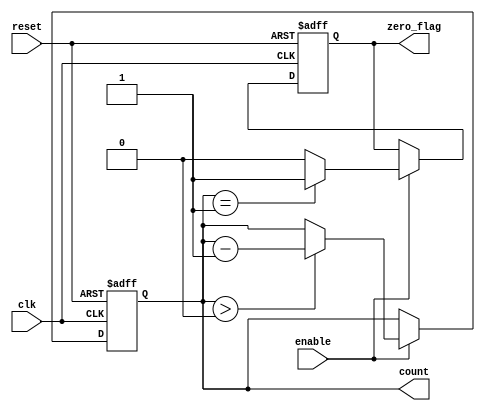
module decremental_counter #(
    parameter MAX_COUNT = 8 // Define the maximum count value (in bits)
)(
    input wire clk,          // Clock signal
    input wire reset,        // Reset signal
    input wire enable,       // Enable signal for decrementing
    output reg [MAX_COUNT-1:0] count, // Current count value
    output reg zero_flag     // Flag indicating when the count reaches zero
);

    // Initialize the count value to the maximum count at startup
    initial begin
        count = MAX_COUNT; // Set initial count to MAX_COUNT
        zero_flag = 0;     // Initialize zero flag
    end

    // Always block triggered on the rising edge of the clock or reset
    always @(posedge clk or posedge reset) begin
        if (reset) begin
            count <= MAX_COUNT; // Reset count to MAX_COUNT
            zero_flag <= 0;     // Reset zero flag
        end else if (enable) begin
            if (count > 0) begin
                count <= count - 1; // Decrement count
            end
            // Update zero flag
            zero_flag <= (count == 1) ? 1 : 0; // Set flag if count will reach zero
        end
    end

endmodule